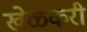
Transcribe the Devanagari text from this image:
खेळकरी